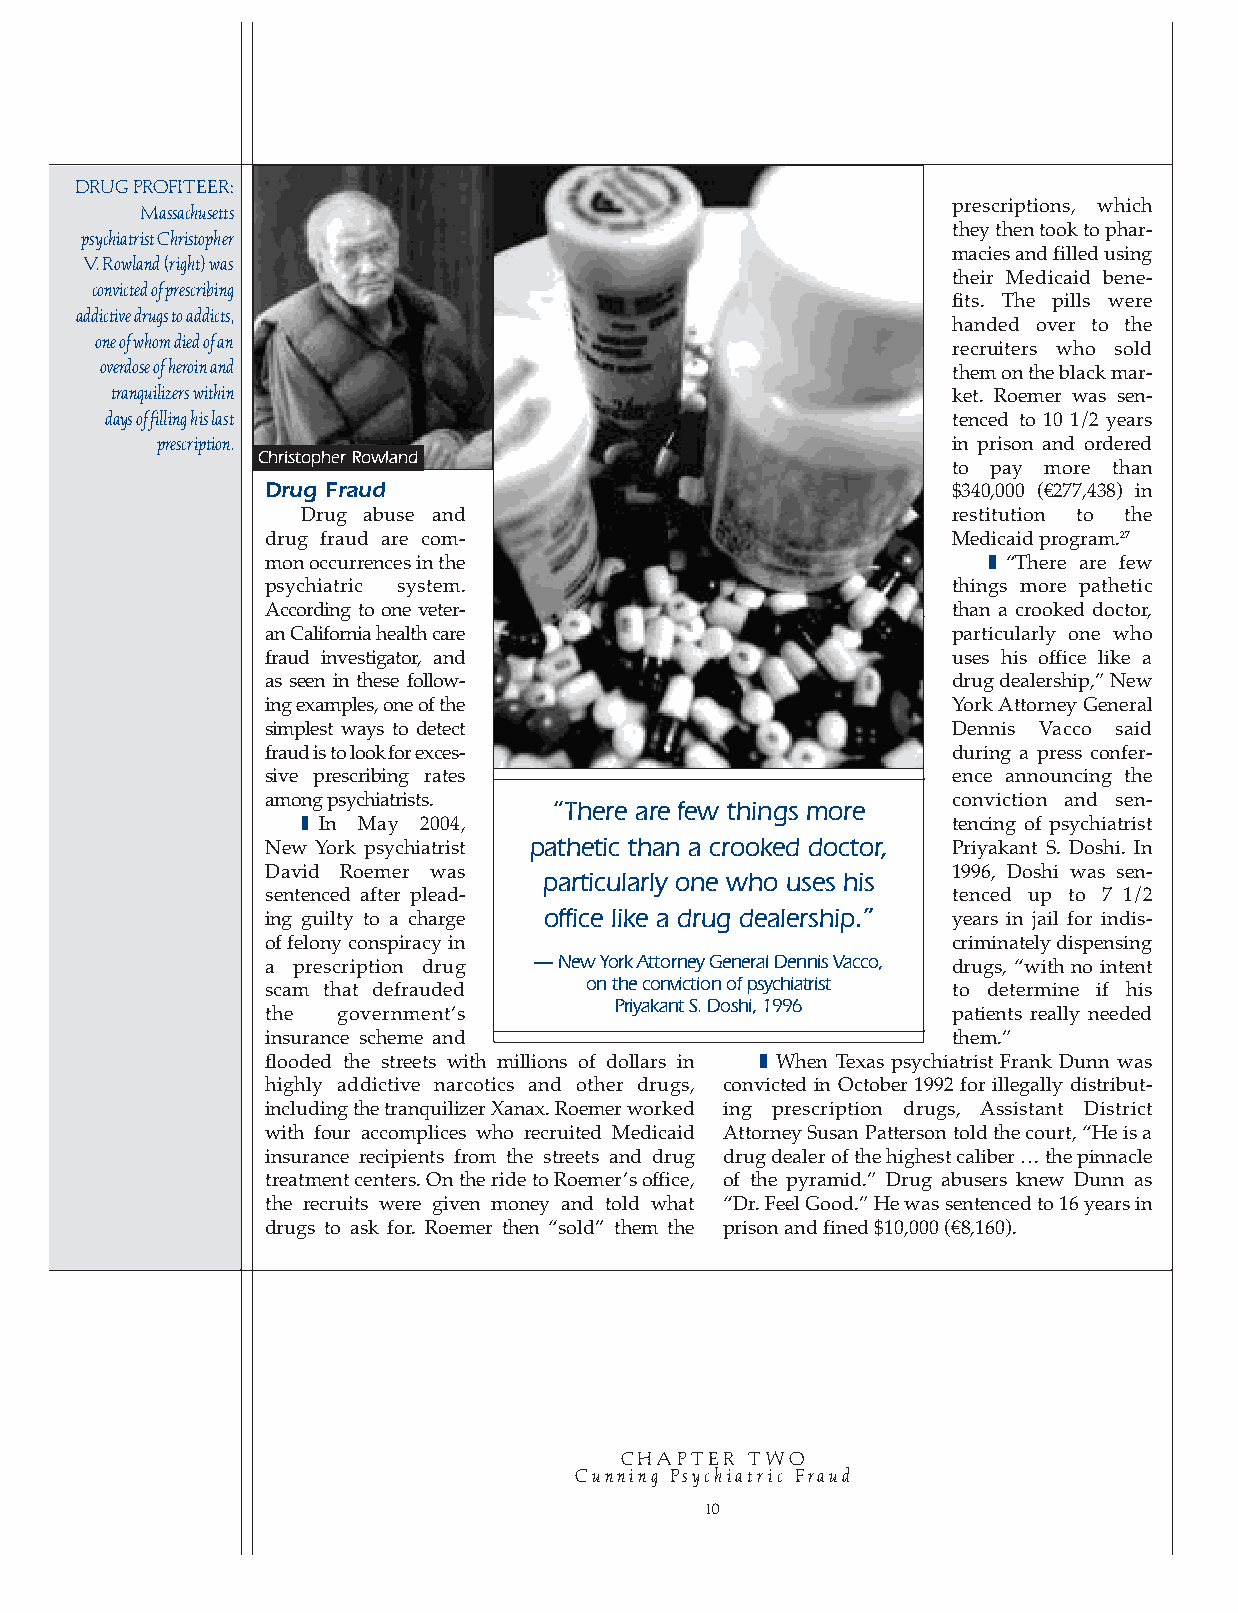
DRUG PROFITEER:
 prescriptions, which
 Massachusetts
 they then took to phar-
 psychiatrist Christopher
 macies and filled using
 V. Rowland (right) was
 their Medicaid bene-
 convicted of prescribing
 fits. The pills were
 addictive drugs to addicts,
 handed over to the
 one of whom died of an
 recruiters who sold
 overdose of heroin and                                  them on the black mar-
 tranquilizers within                                    ket. Roemer was sen-
 days of filling his last                                tenced to 10 1/2 years
 prescription.                                        in prison and ordered
 Christopher Rowland
 to pay more than
 Drug Fraud                                   $340,000 (€277,438) in
 Drug abuse and                             restitution to the
 drug fraud are com-                          Medicaid program.27
 mon occurrences in the                         ❚ “There are few
 psychiatric system.                          things more pathetic
 According to one veter-                      than a crooked doctor,
 an California health care                    particularly one who
 fraud investigator, and                      uses his office like a
 as seen in these follow-                     drug dealership,” New
 ing examples, one of the                     York Attorney General
 simplest ways to detect                      Dennis Vacco said
 fraud is to look for exces-                  during a press confer-
 sive prescribing rates                       ence announcing the
 among psychiatrists.                         conviction and sen-
 “There are few things more
 ❚ In May 2004,                             tencing of psychiatrist
 New York psychiatrist pathetic than a crooked doctor, Priyakant S. Doshi. In
 David Roemer was                             1996, Doshi was sen-
 particularly one who uses his
 sentenced after plead-                       tenced up to 7 1/2
 ing guilty to a charge office like a drug dealership.” years in jail for indis-
 of felony conspiracy in                      criminately dispensing
 a prescription drug — New York Attorney General Dennis Vacco, drugs, “with no intent
 on the conviction of psychiatrist
 scam that defrauded                          to determine if his
 Priyakant S. Doshi, 1996
 the government’s                             patients really needed
 insurance scheme and                         them.”
 flooded the streets with millions of dollars in ❚ When Texas psychiatrist Frank Dunn was
 highly addictive narcotics and other drugs, convicted in October 1992 for illegally distribut-
 including the tranquilizer Xanax. Roemer worked ing prescription drugs, Assistant District
 with four accomplices who recruited Medicaid Attorney Susan Patterson told the court, “He is a
 insurance recipients from the streets and drug drug dealer of the highest caliber…the pinnacle
 treatment centers. On the ride to Roemer’s office, of the pyramid.” Drug abusers knew Dunn as
 the recruits were given money and told what “Dr. Feel Good.” He was sentenced to 16 years in
 drugs to ask for. Roemer then “sold” them the prison and fined $10,000 (€8,160).
 CHAPTER TWO
 Cunning Psychiatric Fraud
 10